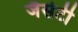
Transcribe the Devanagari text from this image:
जैसेटी